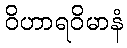
ဝိဟာရဝိမာနံ